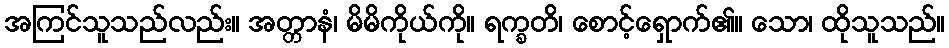
အကြင်သူသည်လည်း။ အတ္တာနံ၊ မိမိကိုယ်ကို။ ရက္ခတိ၊ စောင့်ရှောက်၏။ သော၊ ထိုသူသည်။